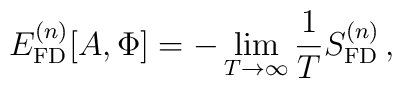
E_{\rm FD}^{(n)}[A,\Phi]  =  - \lim_{T \rightarrow \infty} \frac{1}{T}S_{\rm FD}^{(n)}\, ,